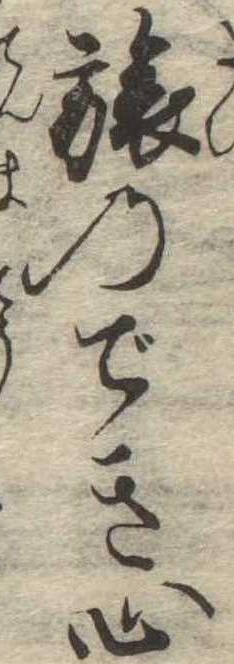
旅のでき心